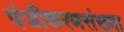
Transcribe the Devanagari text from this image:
पंजीकरणसंख्या